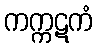
ကက္ကဋကံ